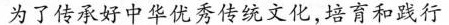
为了传承好中华优秀传统文化，培育和践行